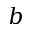
b